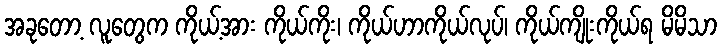
အခုတော့ လူတွေက ကိုယ့်အား ကိုယ်ကိုး၊ ကိုယ်ဟာကိုယ်လုပ်၊ ကိုယ်ကျိုးကိုယ်ရ မိမိသာ